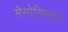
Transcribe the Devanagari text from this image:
मेसोसिस्टम